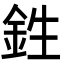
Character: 鉎